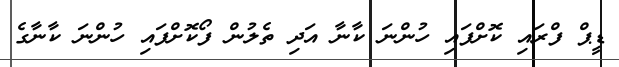
ޑީޕް ފްރައި ކޮށްފައި ހުންނަ ކާނާ އަދި ތެލުން ފޯކޮށްފައި ހުންނަ ކާނާގެ